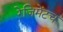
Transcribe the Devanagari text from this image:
रेजिमेंटच